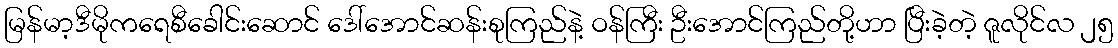
မြန်မာ့ဒီမိုကရေစီခေါင်းဆောင် ဒေါ်အောင်ဆန်းစုကြည်နဲ့ ဝန်ကြီး ဦးအောင်ကြည်တို့ဟာ ပြီးခဲ့တဲ့ ဇူလိုင်လ ၂၅